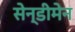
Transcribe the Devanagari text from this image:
सेन्डीमेन